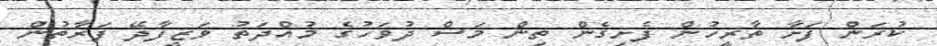
ކުރަން ފަށާ ތާރީހުން ފެށިގެން ތިން މަސް ދުވަހުގެ މުއްދަތު ވަޒީފާދޭ ފަރާތުން